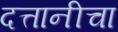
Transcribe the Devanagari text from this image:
दत्तानीचा